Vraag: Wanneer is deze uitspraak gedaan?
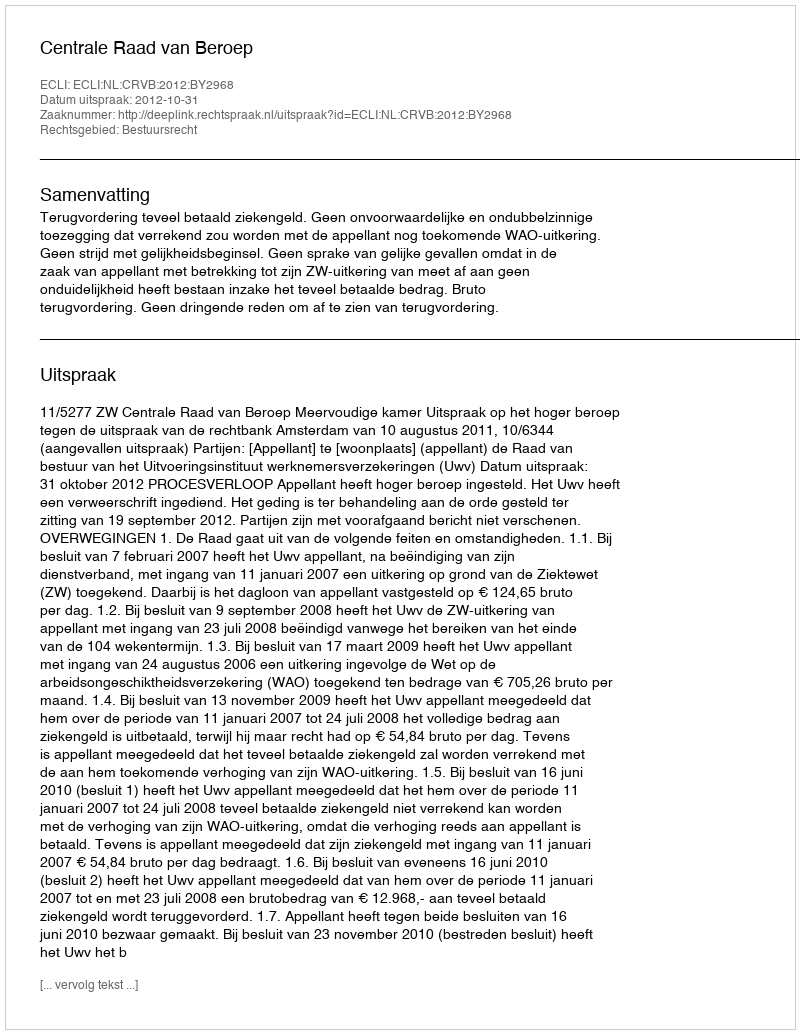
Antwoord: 2012-10-31